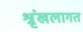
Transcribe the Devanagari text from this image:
श्रृंखलागत